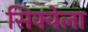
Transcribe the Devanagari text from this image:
सिक्वेला